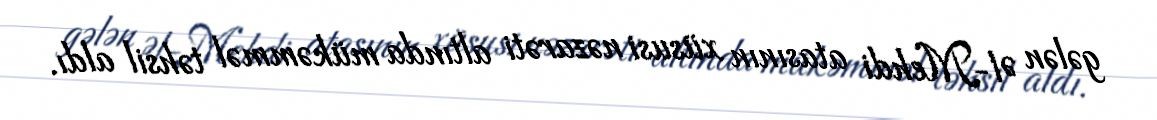
gələn Əl-Mehdi atasının xüsusi nəzarəti altında mükəmməl təhsil aldı.